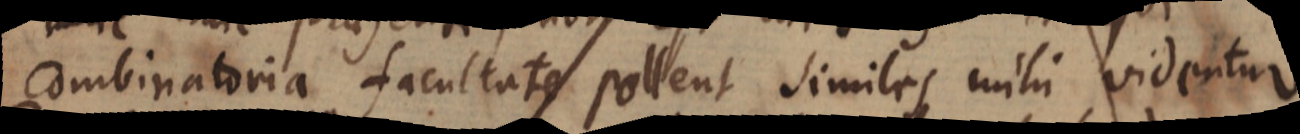
combinatoria facultate pollent similes mihi videntur